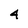
Character: 4